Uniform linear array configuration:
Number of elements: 32
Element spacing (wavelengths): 0.75
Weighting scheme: exponential
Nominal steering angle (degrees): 0
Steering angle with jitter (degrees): -0.5166
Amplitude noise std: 0.05
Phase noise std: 0.05

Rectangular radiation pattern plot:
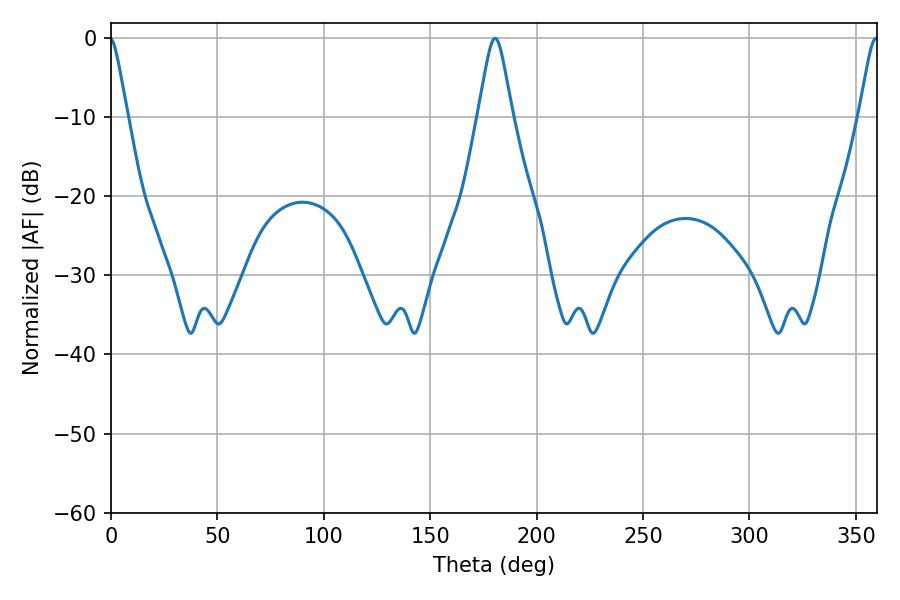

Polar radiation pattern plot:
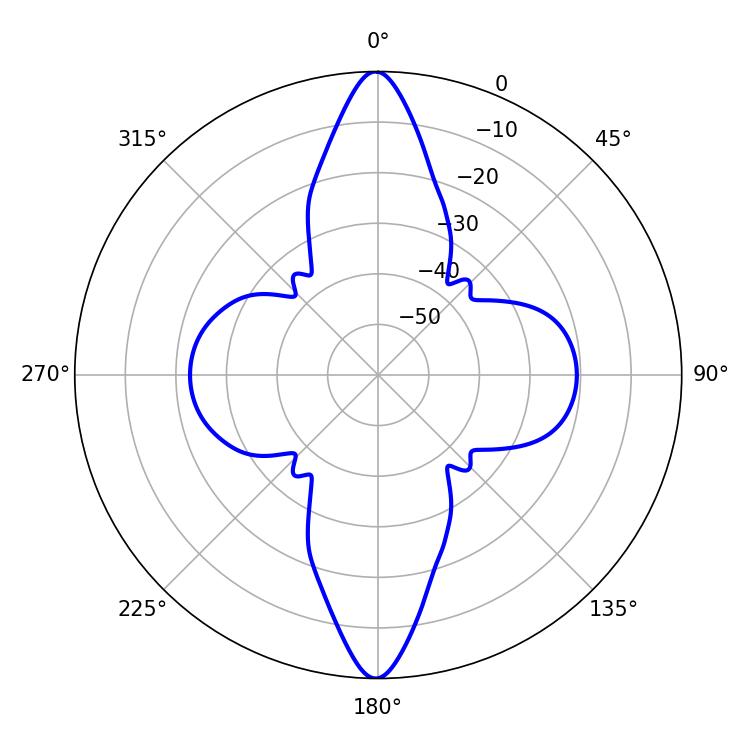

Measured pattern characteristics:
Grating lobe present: TRUE
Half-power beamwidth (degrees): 7.56
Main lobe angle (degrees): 180.54